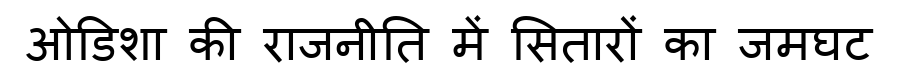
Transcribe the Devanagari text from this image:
ओडिशा की राजनीति में सितारों का जमघट